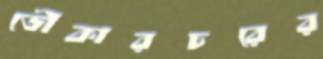
ডৌকারচরের